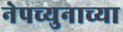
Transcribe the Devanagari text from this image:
नेपच्युनाच्या